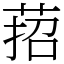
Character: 萔